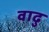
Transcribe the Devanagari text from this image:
वाढु